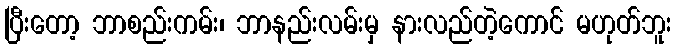
ပြီးတော့ ဘာစည်းကမ်း၊ ဘာနည်းလမ်းမှ နားလည်တဲ့ကောင် မဟုတ်ဘူး